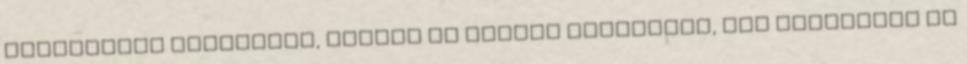
rendszerek védelmére, hiszen ők tudják legjobban, hol sebezhető az